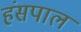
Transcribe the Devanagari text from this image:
हंसपाल